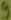
Text: 9